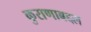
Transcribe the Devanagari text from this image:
कुराणाबद्दल